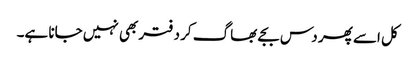
کل اسے پھر دس بجے بھاگ کر دفتر بھی نہیں جانا ہے۔